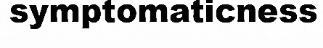
symptomaticness